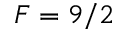
F = 9 / 2